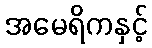
အမေရိကနှင့်